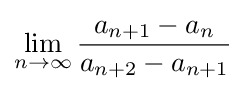
\lim _{n\to \infty }{\frac {a_{n+1}-a_{n}}{a_{n+2}-a_{n+1}}}